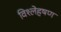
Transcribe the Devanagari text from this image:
विश्लेहषण